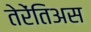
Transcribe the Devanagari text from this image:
तेरेंतिअस